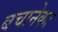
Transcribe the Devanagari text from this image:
बचानेका